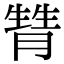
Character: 甧